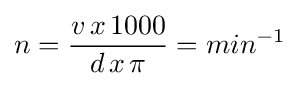
n={\frac {v\,x\,1000}{d\,x\,\pi }}=min^{-1}